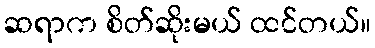
ဆရာက စိတ်ဆိုးမယ် ထင်တယ်။